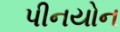
પીનયોન